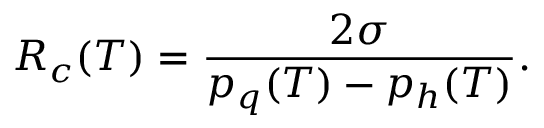
R _ { c } ( T ) = { \frac { 2 \sigma } { p _ { q } ( T ) - p _ { h } ( T ) } } .